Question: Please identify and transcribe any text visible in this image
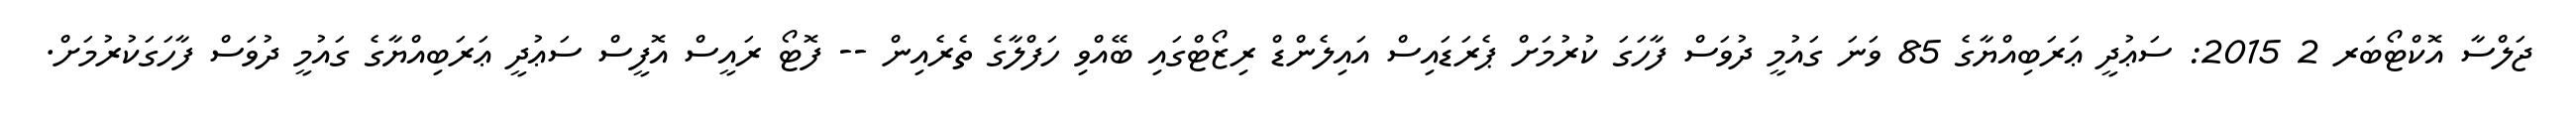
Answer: ޖަލްސާ އޮކްޓޯބަރ 2 2015: ސަޢުދީ ޢަރަބިއްޔާގެ 85 ވަނަ ގައުމީ ދުވަސް ފާހަގަ ކުރުމަށް ޕެރަޑައިސް އައިލެންޑް ރިޒޯޓްގައި ބޭއްވި ހަފްލާގެ ތެރެއިން -- ފޮޓޯ ރައީސް އޮފީސް ސަޢުދީ ޢަރަބިއްޔާގެ ގައުމީ ދުވަސް ފާހަގަކުރުމަށް.